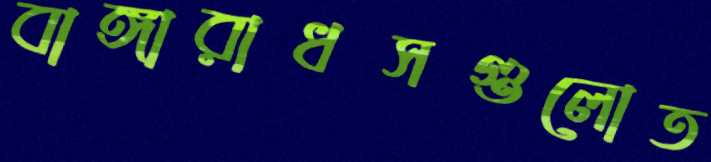
বাঙ্গারাধসগুলোত